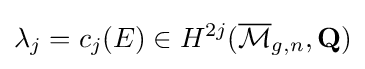
\lambda _{j}=c_{j}(E)\in H^{2j}({\overline {\mathcal {M}}}_{g,n},\mathbf {Q} )